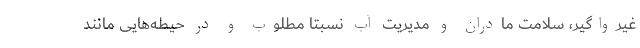
غیرواگیر، سلامت مادران و مدیریت آب نسبتا مطلوب و در حیطه‌هایی مانند